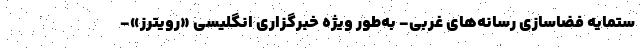
ستمایه فضاسازی رسانه‌های غربی- به‌طور ویژه خبرگزاری انگلیسی «رویترز»-